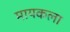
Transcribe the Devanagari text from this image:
मायकला